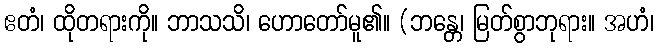
ဧတံ၊ ထိုတရားကို။ ဘာသသိ၊ ဟောတော်မူ၏။ (ဘန္တေ၊ မြတ်စွာဘုရား။ အဟံ၊